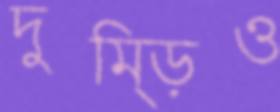
দুম্‌ড়িও